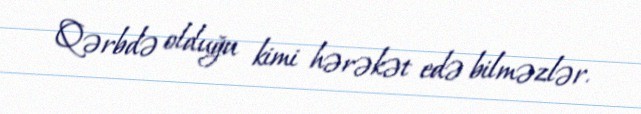
Qərbdə olduğu kimi hərəkət edə bilməzlər.